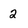
Character: 2